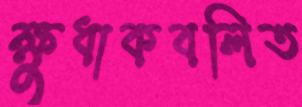
ক্ষুধাকবলিত